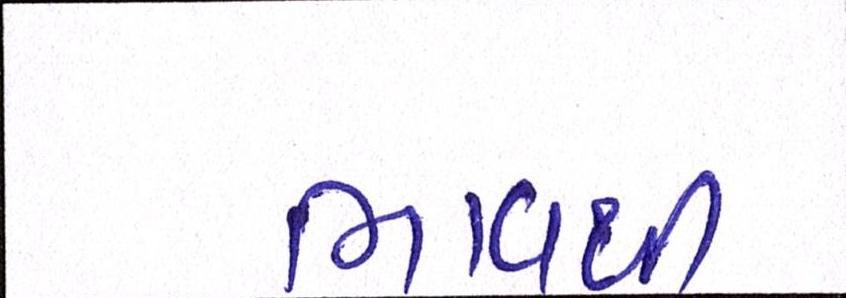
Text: ભાવથી